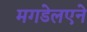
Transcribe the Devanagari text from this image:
मगडेलएने